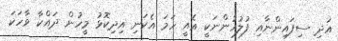
އަދި ސިފައިންނާއި ފުލުހުންނަކީ އެއީ ހަމަ އެކަނި އިިދިކޮޅު މީހުން ދައްކާ ވާހަކަ